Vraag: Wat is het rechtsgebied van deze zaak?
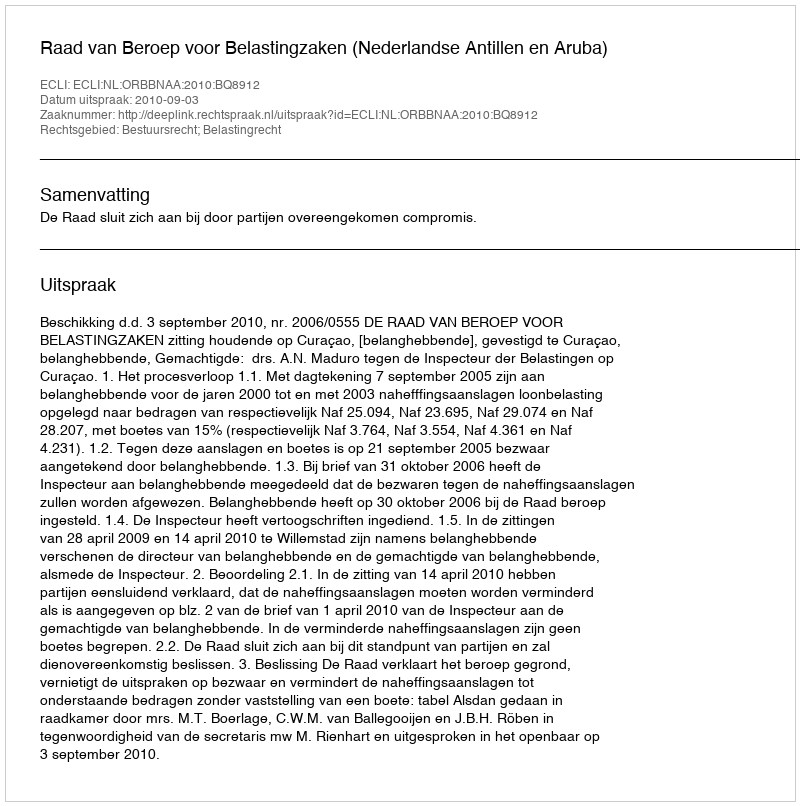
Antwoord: Bestuursrecht; Belastingrecht